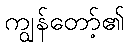
ကျွန်တော့်၏